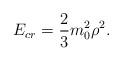
LaTeX: \begin{align*}E_{cr} = {2\over 3} m_0^2\rho^2. \end{align*}